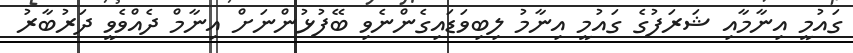
ގައުމީ އިނާމާއި ޝަރަފުގެ ގައުމީ އިނާމު ލިބިވަޑައިގެންނެވި ބޭފުޅުންނަށް އިނާމް ދެއްވެވީ ދަރުބާރު